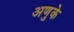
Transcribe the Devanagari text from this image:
अणुके